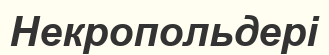
Некропольдері